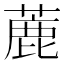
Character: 蔍